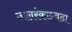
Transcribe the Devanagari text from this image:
जलरंकाएवढा